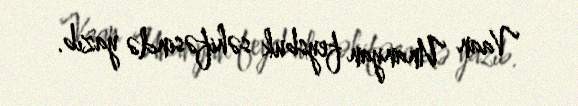
Vaan Unanyan feysbuk səhifəsində yazıb.